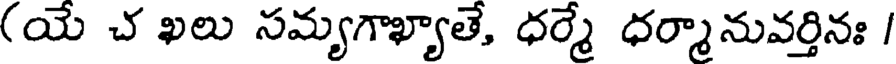
(యే చ ఖలు సమ్యగాఖ్యాతే, ధర్మే ధర్మానువర్తినః /